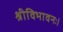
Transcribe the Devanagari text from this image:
श्रीविभावनः।